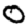
Digit: 0